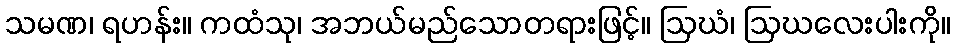
သမဏ၊ ရဟန်း။ ကထံသု၊ အဘယ်မည်သောတရားဖြင့်။ ဩဃံ၊ ဩဃလေးပါးကို။